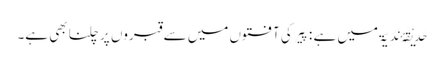
حَدِیْقَۂ نَدِیّۃ میں ہے : پَیر کی آفتوں میں سے قبروں پر چلنا بھی ہے۔